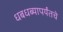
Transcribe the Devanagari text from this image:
धबधब्यापर्यंतचे